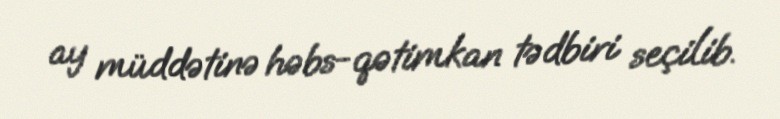
ay müddətinə həbs-qətimkan tədbiri seçilib.